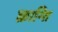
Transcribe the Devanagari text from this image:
क्रान्‍ति